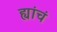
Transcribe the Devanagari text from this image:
ह्यांचं